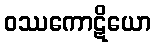
ဝဿကောဋိယော